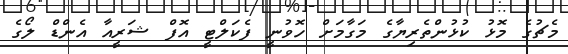
މެޗުގެ މޮޅު ކުޅުންތެރިޔާގެ މަގާމަށް ހޮވުނީ ފެކަލްޓީ އޮފް ޝަރީއާ އެންޑް ލޯގެ